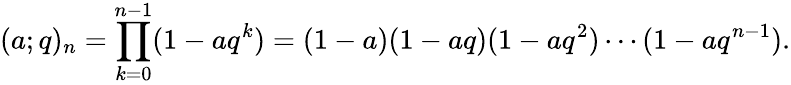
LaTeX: \displaystyle(a;q)_{n}=\prod_{k=0}^{n-1}(1-aq^{k})=(1-a)(1-aq)(1-aq^{2})\cdots(1-aq^{n-1}).